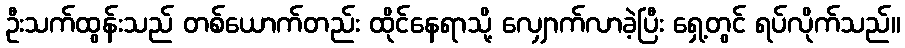
ဦးသက်ထွန်းသည် တစ်ယောက်တည်း ထိုင်နေရာသို့ လျှောက်လာခဲ့ပြီး ရှေ့တွင် ရပ်လိုက်သည်။